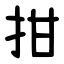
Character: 拑